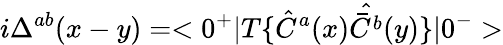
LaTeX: i\Delta^{ab}(x-y)=<0^{+}|T\{ \hat{C}^{a}(x)\hat{\bar{C}^{b}}(y)\} |0^{-}>